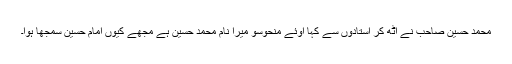
محمد حسین صاحب نے اٹھ کر استادوں سے کہا اوئے منحوسو میرا نام محمد حسین ہے مجھے کیوں امام حسین سمجھا ہوا۔